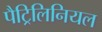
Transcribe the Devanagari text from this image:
पैट्रिलिनियल